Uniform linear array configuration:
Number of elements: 16
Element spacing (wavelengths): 0.25
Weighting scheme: exponential
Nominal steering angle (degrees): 45
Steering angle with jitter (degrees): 43.083
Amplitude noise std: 0.05
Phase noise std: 0.05

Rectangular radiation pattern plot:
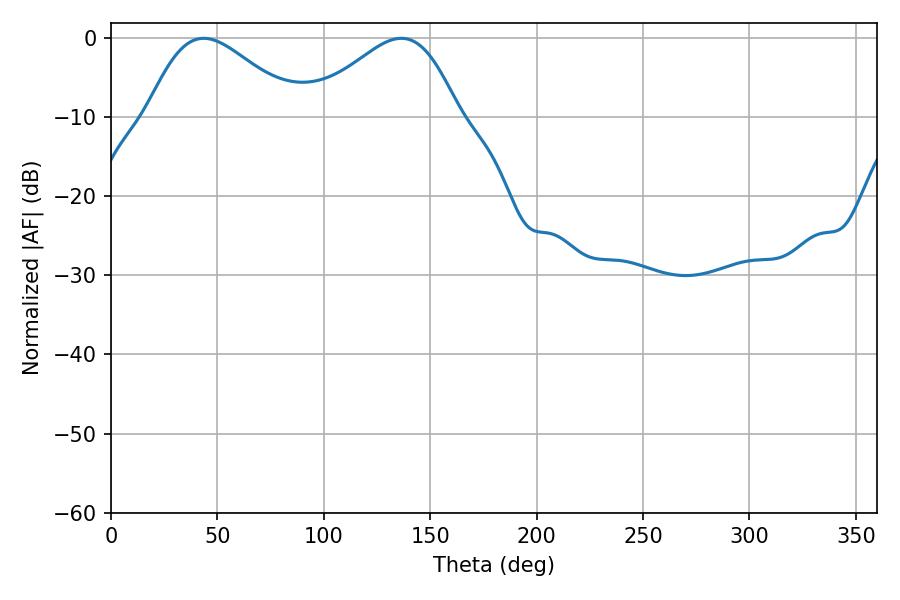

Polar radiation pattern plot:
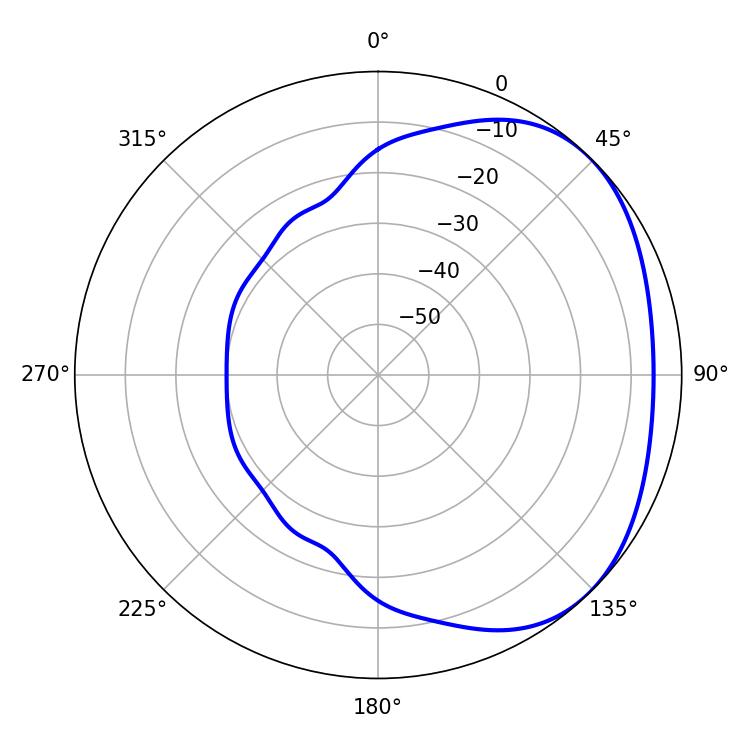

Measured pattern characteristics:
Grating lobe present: FALSE
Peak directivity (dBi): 2.702
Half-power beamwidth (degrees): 37.26
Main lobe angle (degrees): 43.56